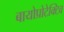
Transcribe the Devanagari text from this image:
बायोप्रोटेक्टिव